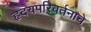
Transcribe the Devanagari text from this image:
हृदयपरिवर्तनाचे